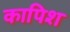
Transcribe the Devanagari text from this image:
कापिश